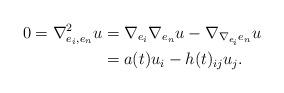
LaTeX: \begin{align*} 0=\nabla^2_{e_i, e_n} u&= \nabla_{e_i}\nabla_{e_n} u-\nabla_{\nabla_{e_i} e_n} u \\ &=a(t) u_i- h(t)_{ij} u_j.\end{align*}